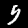
Label: 5